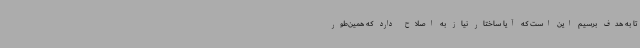
تا به هدف برسیم این است که آیا ساختار نیاز به اصلاح دارد که همین‌طور